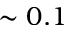
\sim 0 . 1